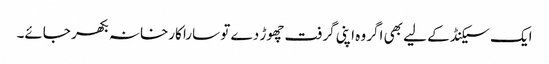
ایک سیکنڈ کے لیے بھی اگر وہ اپنی گرفت چھوڑ دے تو سارا کارخانہ بکھر جائے۔